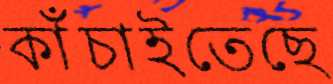
কাঁচাইতেছে